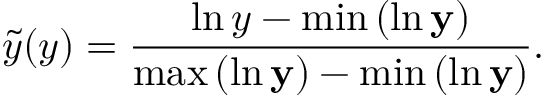
\tilde { y } ( y ) = \frac { \ln { y } - \operatorname* { m i n } { ( \ln { \mathbf { y } } ) } } { \operatorname* { m a x } { ( \ln { \mathbf { y } } ) } - \operatorname* { m i n } { ( \ln { \mathbf { y } } ) } } .